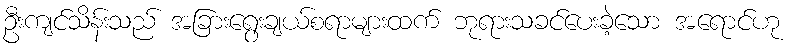
ဦးကျင်သိန်းသည် အခြားရွေးချယ်စရာများထက် ဘုရားသခင်ပေးခဲ့သော အရောင်ဟု